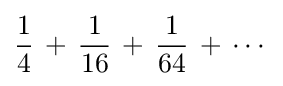
{\frac {1}{4}}\,+\,{\frac {1}{16}}\,+\,{\frac {1}{64}}\,+\,\cdots